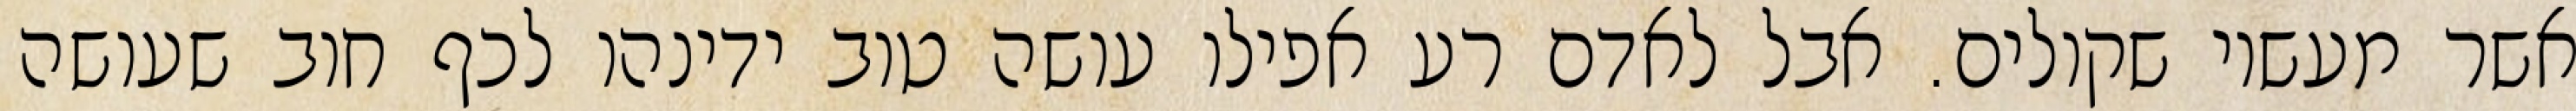
אשר מעשיו שקולים. אבל לאדם רע אפילו עושה טוב ידינהו לכף חוב שעושה